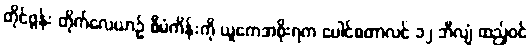
တိုင်ဖွန်း တိုက်လေယာဉ် စီမံကိန်းကို ယူကေအစိုးရက ပေါင်စတာလင် ၁၂ ဘီလျံ ထည့်ဝင်